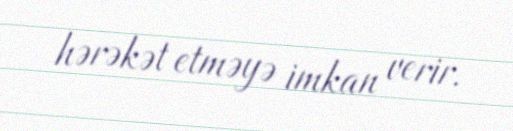
hərəkət etməyə imkan verir.